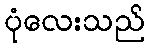
ပုံလေးသည်